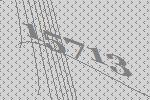
15713